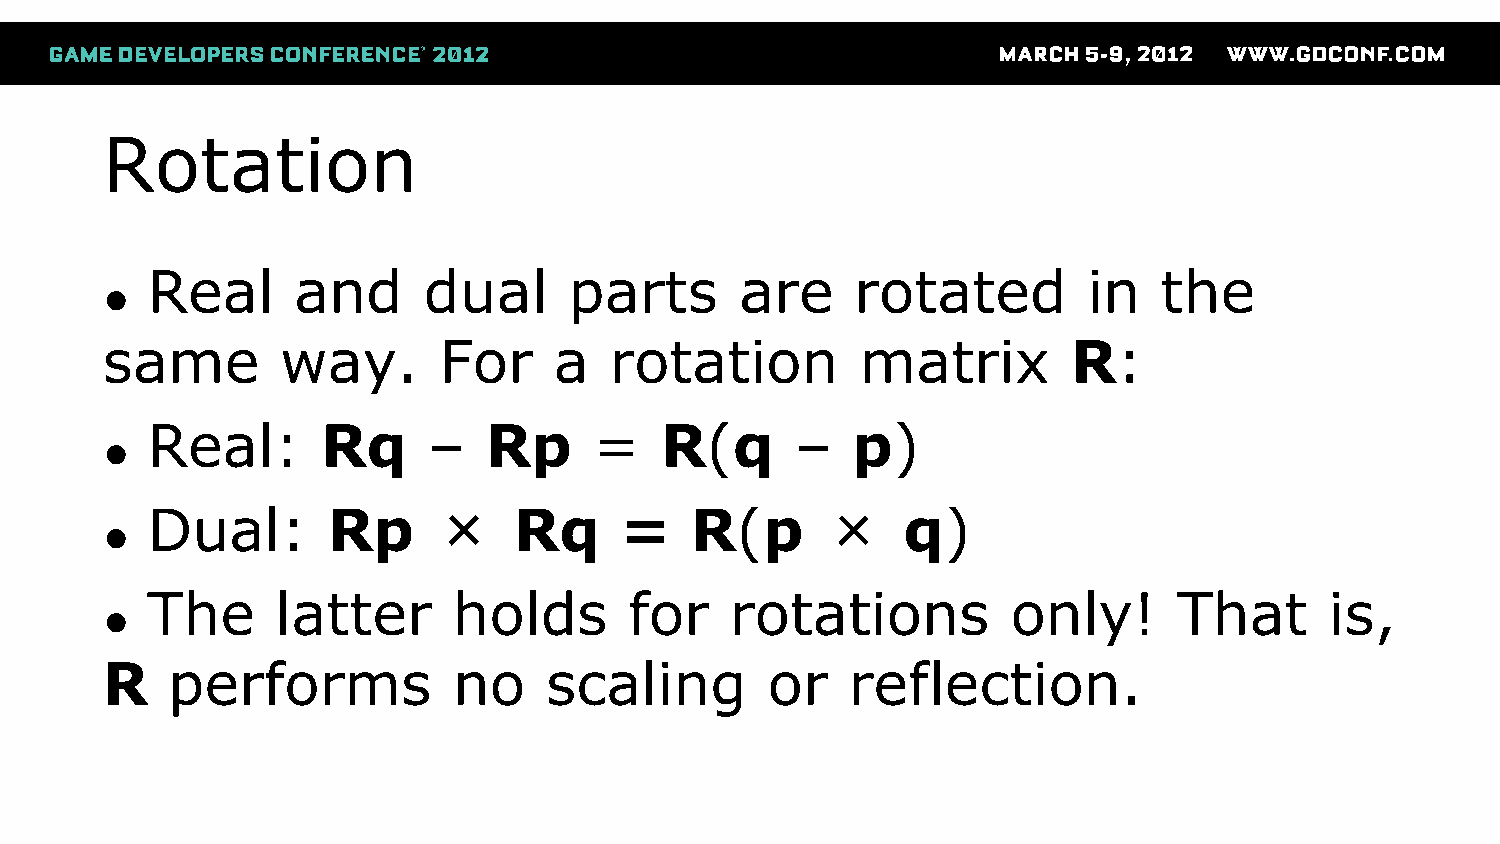
Rotation
 Real     and      dual      parts      are     rotated        in   the
 ●
 same        way.      For     a  rotation         matrix        R:
 Real:      Rq     –   Rp     =    R(q      –  p)
 ●
 Dual:       Rp     ×    Rq     =    R(p      ×    q)
 ●
 The     latter      holds       for   rotations          only!      That      is,
 ●
 R   performs           no    scaling        or   reflection.